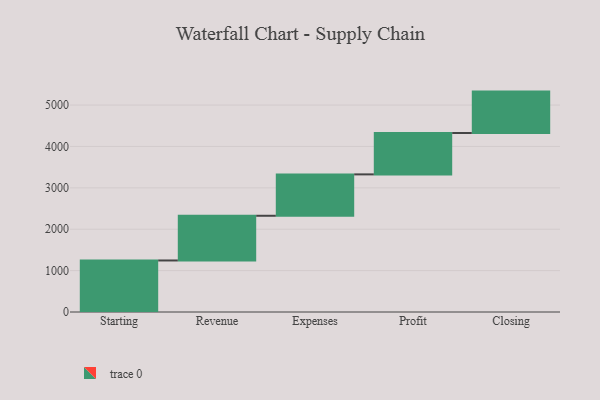
{"axis": {"x": "Step", "y": "Value"}, "legend": [""], "data": [{"x": "Starting", "y": 1245.0, "type": ""}, {"x": "Revenue", "y": 1080.0, "type": ""}, {"x": "Expenses", "y": 1000, "type": ""}, {"x": "Profit", "y": 1000, "type": ""}, {"x": "Closing", "y": 1000, "type": ""}]}